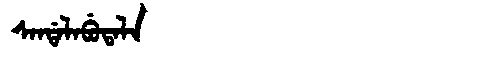
Manchu: ᠰᠠᠨᡩᠠᠯᠠᠪᡠᡨᠠᠯᠠ
Romanization: SANDALABUTALA